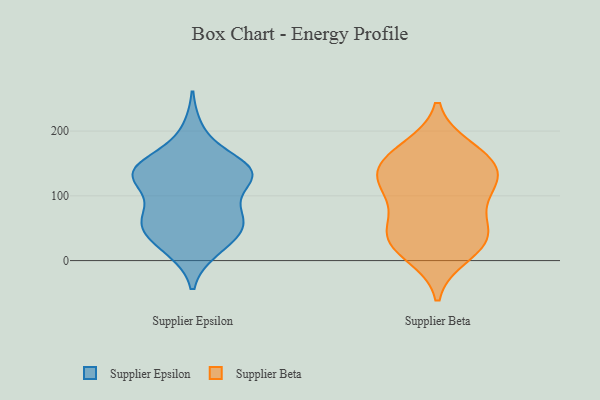
{"axis": {"x": "Latency (ms)", "y": "Value"}, "legend": ["Supplier Beta", "Supplier Epsilon"], "data": [{"x": "", "y": 122, "type": "Supplier Epsilon"}, {"x": "", "y": 70, "type": "Supplier Epsilon"}, {"x": "", "y": 135, "type": "Supplier Epsilon"}, {"x": "", "y": 66, "type": "Supplier Epsilon"}, {"x": "", "y": 133, "type": "Supplier Epsilon"}, {"x": "", "y": 17, "type": "Supplier Epsilon"}, {"x": "", "y": 39, "type": "Supplier Epsilon"}, {"x": "", "y": 54, "type": "Supplier Epsilon"}, {"x": "", "y": 135, "type": "Supplier Epsilon"}, {"x": "", "y": 55, "type": "Supplier Epsilon"}, {"x": "", "y": 145, "type": "Supplier Epsilon"}, {"x": "", "y": 18, "type": "Supplier Epsilon"}, {"x": "", "y": 200, "type": "Supplier Epsilon"}, {"x": "", "y": 131, "type": "Supplier Epsilon"}, {"x": "", "y": 154, "type": "Supplier Epsilon"}, {"x": "", "y": 74, "type": "Supplier Epsilon"}, {"x": "", "y": 138, "type": "Supplier Epsilon"}, {"x": "", "y": 55, "type": "Supplier Epsilon"}, {"x": "", "y": 129, "type": "Supplier Epsilon"}, {"x": "", "y": 39, "type": "Supplier Beta"}, {"x": "", "y": 106, "type": "Supplier Beta"}, {"x": "", "y": 164, "type": "Supplier Beta"}, {"x": "", "y": 120, "type": "Supplier Beta"}, {"x": "", "y": 90, "type": "Supplier Beta"}, {"x": "", "y": 172, "type": "Supplier Beta"}, {"x": "", "y": 10, "type": "Supplier Beta"}, {"x": "", "y": 132, "type": "Supplier Beta"}, {"x": "", "y": 33, "type": "Supplier Beta"}, {"x": "", "y": 140, "type": "Supplier Beta"}, {"x": "", "y": 40, "type": "Supplier Beta"}, {"x": "", "y": 147, "type": "Supplier Beta"}, {"x": "", "y": 37, "type": "Supplier Beta"}]}